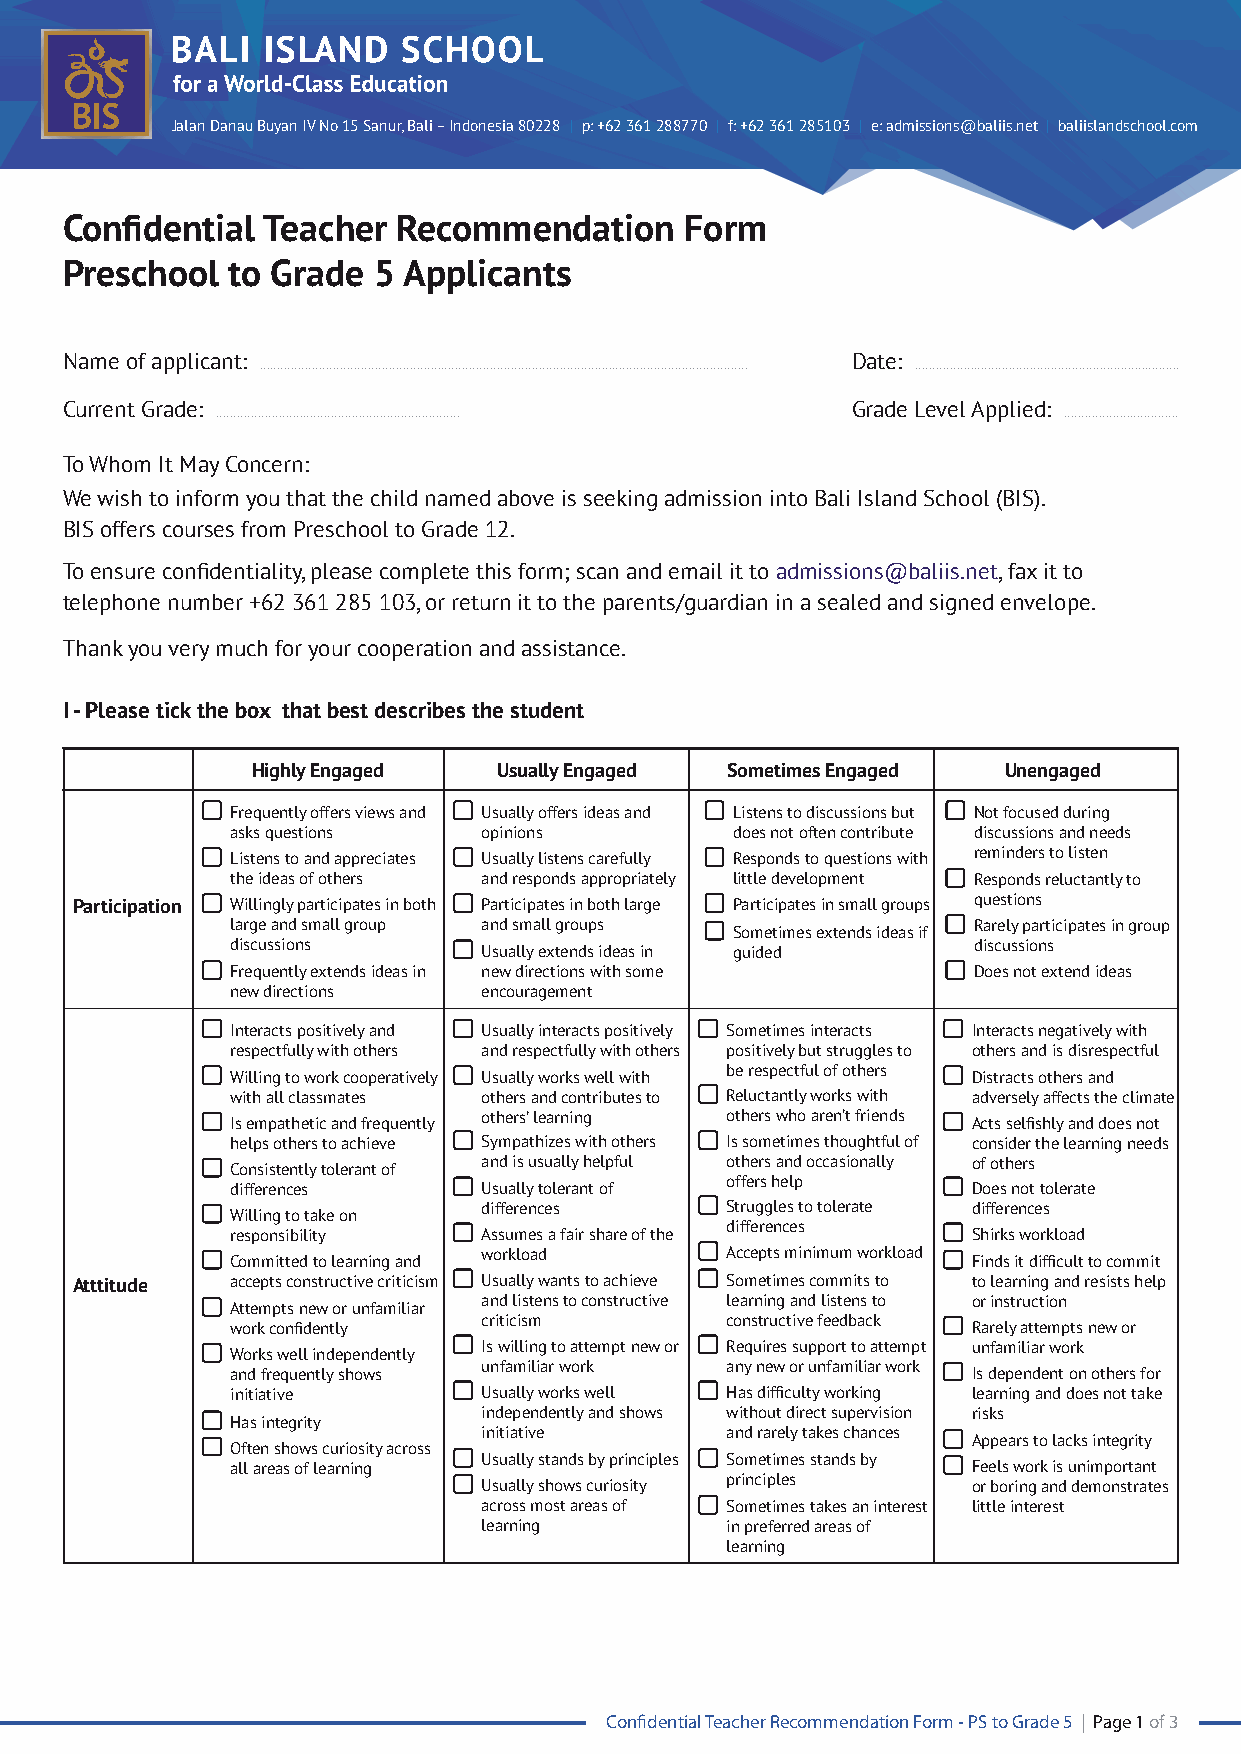
Jalan Danau Buyan IV No 15 Sanur, Bali – Indonesia 80228 | p: +62 361 288770 | f: +62 361 285103 | e: admissions@baliis.net | baliislandschool.com
 Confidential Teacher  Recommendation     Form
 Preschool  to Grade  5 Applicants
 Name of applicant:                                  Date:
 ............................................................................................................................................ ............................................................................
 Current Grade:                                      Grade Level Applied:
 ...................................................................... .................................
 To Whom It May Concern:
 We wish to inform you that the child named above is seeking admission into Bali Island School (BIS).
 BIS offers courses from Preschool to Grade 12.
 To ensure confidentiality, please complete this form; scan and email it to admissions@baliis.net, fax it to
 telephone number +62 361 285 103, or return it to the parents/guardian in a sealed and signed envelope.
 Thank you very much for your cooperation and assistance.
 I - Please tick the box that best describes the student
 Highly Engaged  Usually Engaged Sometimes Engaged Unengaged
 Frequently offers views and Usually offers ideas and Listens to discussions but Not focused during
 asks questions   opinions        does not often contribute discussions and needs
 reminders to listen
 Listens to and appreciates Usually listens carefully Responds to questions with
 the ideas of others and responds appropriately little development Responds reluctantly to
 Participation Willingly participates in both Participates in both large Participates in small groups questions
 large and small group and small groups           Rarely participates in group
 Sometimes extends ideas if
 discussions      Usually extends ideas in guided discussions
 Frequently extends ideas in new directions with some Does not extend ideas
 new directions   encouragement
 Interacts positively and Usually interacts positively Sometimes interacts Interacts negatively with
 respectfully with others and respectfully with others positively but struggles to others and is disrespectful
 be respectful of others
 Willing to work cooperatively Usually works well with Distracts others and
 with all classmates others and contributes to Reluctantly works with adversely affects the climate
 Is empathetic and frequently others’ learning others who aren’t friends Acts selfishly and does not
 helps others to achieve Sympathizes with others Is sometimes thoughtful of consider the learning needs
 Consistently tolerant of and is usually helpful others and occasionally of others
 differences      Usually tolerant of offers help Does not tolerate
 differences     Struggles to tolerate differences
 Willing to take on
 differences
 responsibility   Assumes a fair share of the     Shirks workload
 workload        Accepts minimum workload
 Committed to learning and                        Finds it difficult to commit
 Atttitude accepts constructive criticism Usually wants to achieve Sometimes commits to to learning and resists help
 and listens to constructive learning and listens to or instruction
 Attempts new or unfamiliar
 criticism       constructive feedback
 work confidently                                 Rarely attempts new or
 Is willing to attempt new or Requires support to attempt unfamiliar work
 Works well independently
 unfamiliar work any new or unfamiliar work
 and frequently shows                             Is dependent on others for
 initiative       Usually works well Has difficulty working learning and does not take
 independently and shows without direct supervision risks
 Has integrity
 initiative      and rarely takes chances
 Appears to lacks integrity
 Often shows curiosity across
 Usually stands by principles Sometimes stands by
 all areas of learning                            Feels work is unimportant
 Usually shows curiosity principles or boring and demonstrates
 across most areas of Sometimes takes an interest little interest
 learning        in preferred areas of
 learning
 Confidential Teacher Recommendation Form - PS to Grade 5 | Page 1 of 3